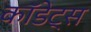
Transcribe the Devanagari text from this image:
कॉडेट्स